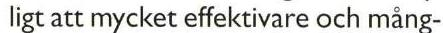
ligt att mycket effektivare och mång-